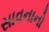
સાવનાનો